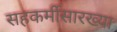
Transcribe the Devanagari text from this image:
सहकर्मीसारख्या